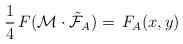
LaTeX: \begin{align*}\frac{1}{4}\,F(\mathcal{M}\cdot\tilde{\mathcal{F}}_A)=\,F_A(x,y)\end{align*}